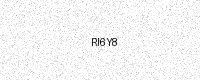
Text: RI6Y8